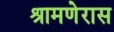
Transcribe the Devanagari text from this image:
श्रामणेरास